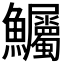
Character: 𫚇